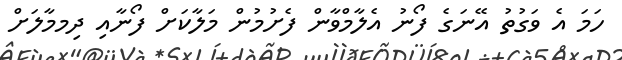
ހަމަ އެ ވަގުތު އޭނަގެ ފޯނު އެލާމްވާން ފެށުމުން މަލާކަށް ފޯނާއި ދިމމާލަށް